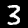
Digit: 3